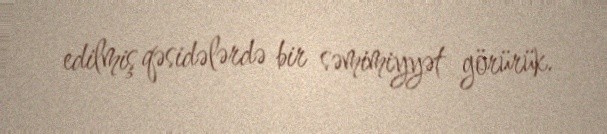
edilmiş qəsidələrdə bir səmimiyyət görürük.